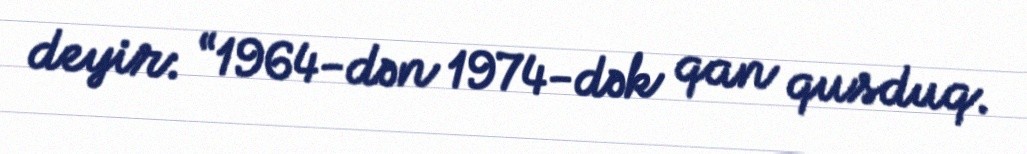
deyir: “1964-dən 1974-dək qan qusduq.